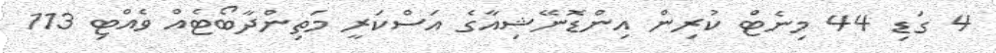
4 ގަޑި 44 މިނެޓް ކުރިން އިންޑޮނޭޝިއާގެ އަސްކަރީ މަތިންދާބޯޓެއް ވެއްޓި 113